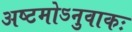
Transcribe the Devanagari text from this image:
अष्टमोऽनुवाकः